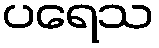
ပရေသ